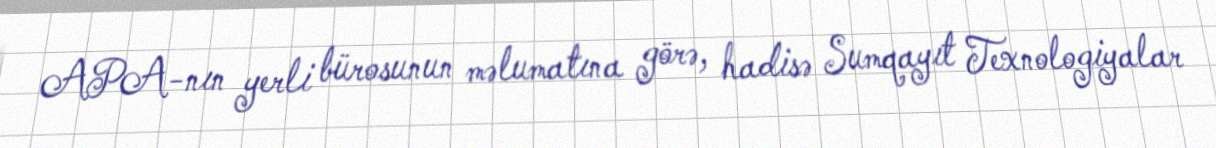
APA-nın yerli bürosunun məlumatına görə, hadisə Sumqayıt Texnologiyalar